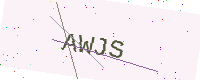
Text: AWJS